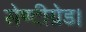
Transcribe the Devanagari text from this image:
सेण्टीग्रेड।